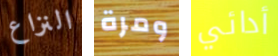
النزاع ومرة أدائي